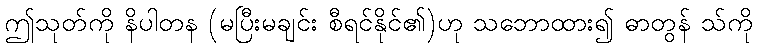
ဤသုတ်ကို နိပါတန (မပြီးမချင်း စီရင်နိုင်၏)ဟု သဘောထား၍ ဓာတွန် သ်ကို